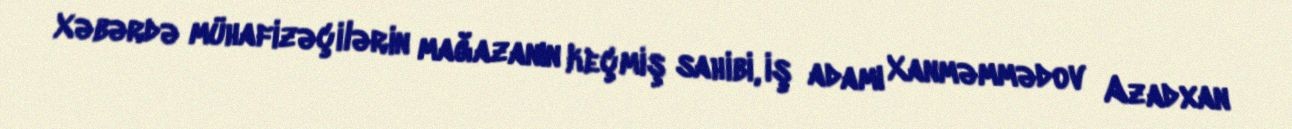
Xəbərdə mühafizəçilərin mağazanın keçmiş sahibi, iş adamı Xanməmmədov Azadxan